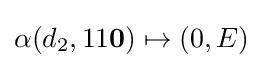
\alpha (d_{2},11\mathbf {0} )\mapsto (0,E)